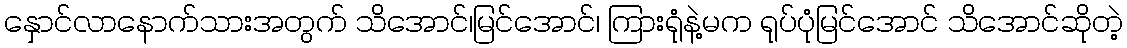
နှောင်လာနောက်သားအတွက် သိအောင်၊မြင်အောင်၊ ကြားရုံနဲ့မက ရုပ်ပုံမြင်အောင် သိအောင်ဆိုတဲ့